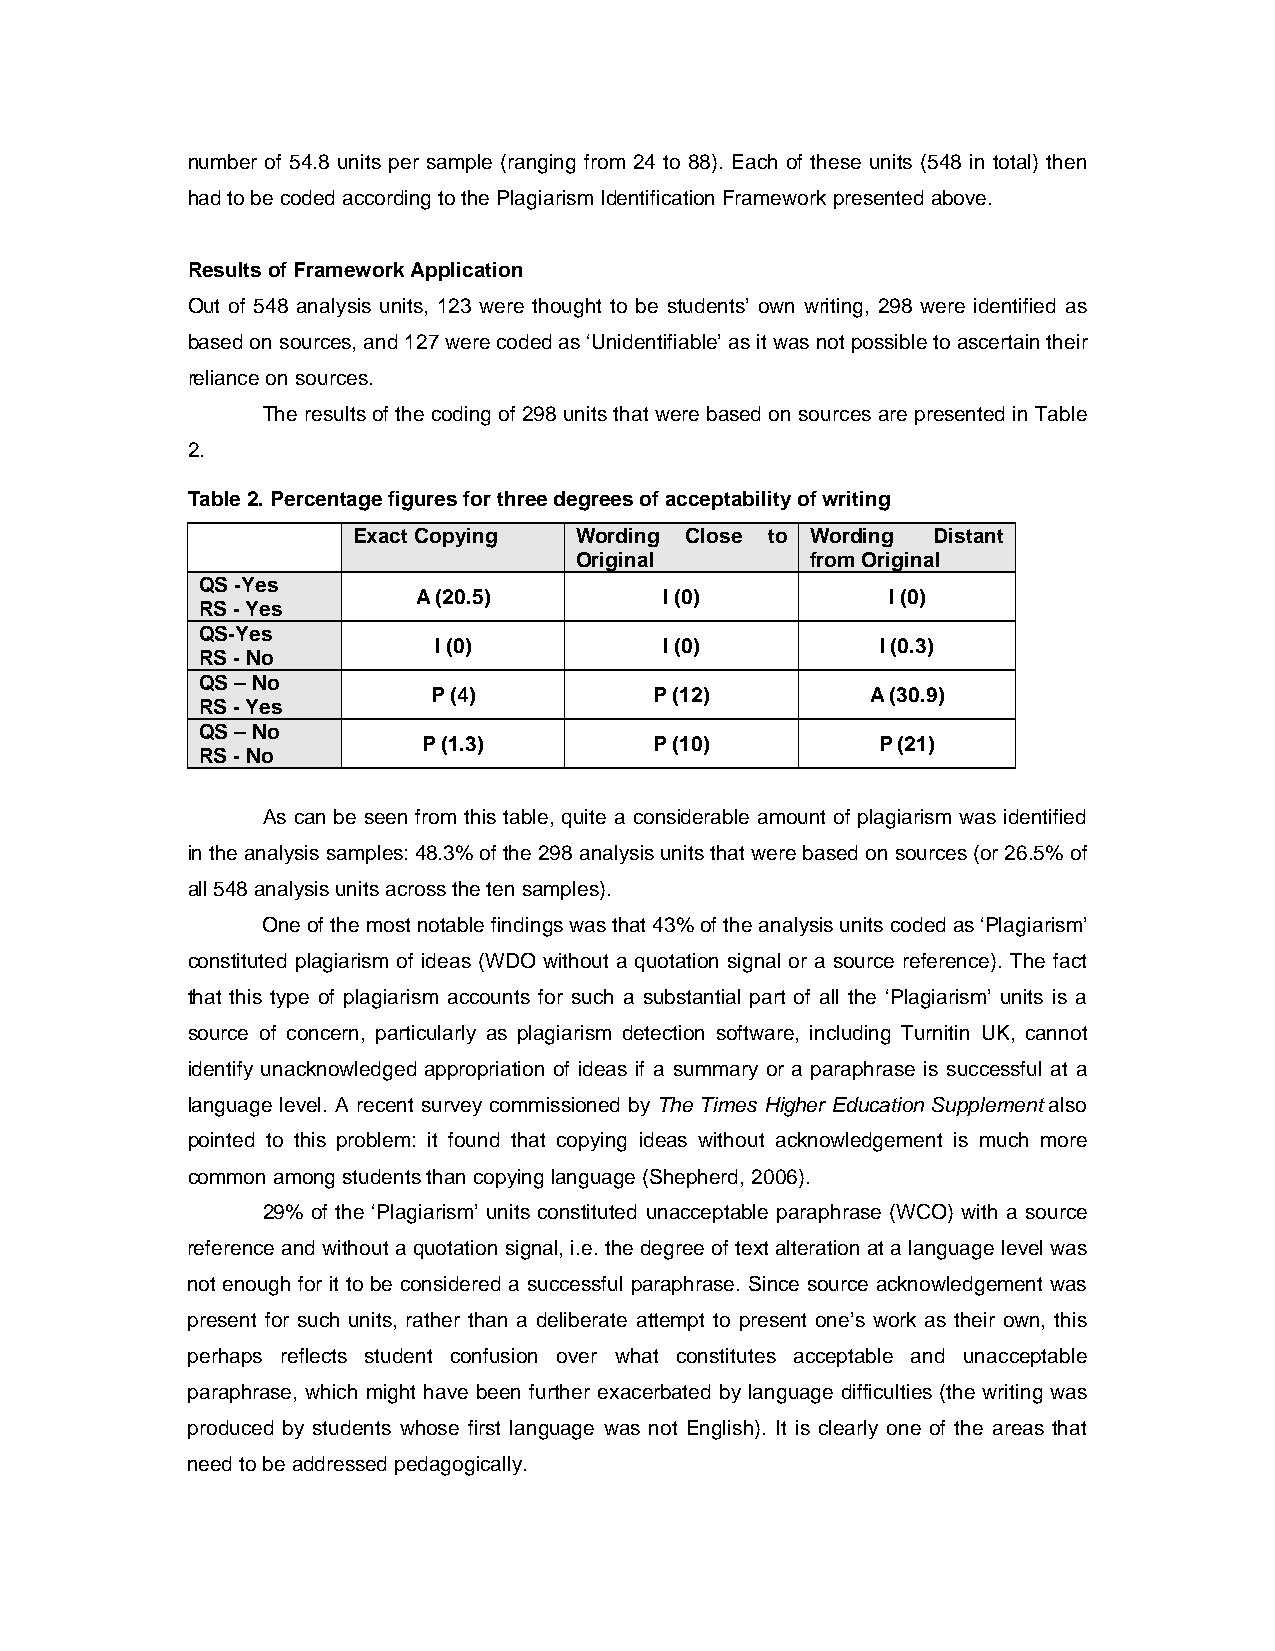
number of 54.8 units per sample (ranging from 24 to 88). Each of these units (548 in total) then
 had to be coded according to the Plagiarism Identification Framework presented above.
 Results of Framework Application
 Out of 548 analysis units, 123 were thought to be students’ own writing, 298 were identified as
 based on sources, and 127 were coded as ‘Unidentifiable’ as it was not possible to ascertain their
 reliance on sources.
 The results of the coding of 298 units that were based on sources are presented in Table
 2.
 Table 2. Percentage figures for three degrees of acceptability of writing
 Exact Copying  Wording Close to Wording Distant
 Original        from Original
 QS -Yes
 A (20.5)        I (0)          I (0)
 RS - Yes
 QS-Yes
 I (0)          I (0)         I (0.3)
 RS - No
 QS – No
 P (4)         P (12)         A (30.9)
 RS - Yes
 QS – No
 P (1.3)        P (10)         P (21)
 RS - No
 As can be seen from this table, quite a considerable amount of plagiarism was identified
 in the analysis samples: 48.3% of the 298 analysis units that were based on sources (or 26.5% of
 all 548 analysis units across the ten samples).
 One of the most notable findings was that 43% of the analysis units coded as ‘Plagiarism’
 constituted plagiarism of ideas (WDO without a quotation signal or a source reference). The fact
 that this type of plagiarism accounts for such a substantial part of all the ‘Plagiarism’ units is a
 source of concern, particularly as plagiarism detection software, including Turnitin UK, cannot
 identify unacknowledged appropriation of ideas if a summary or a paraphrase is successful at a
 language level. A recent survey commissioned by The Times Higher Education Supplement also
 pointed to this problem: it found that copying ideas without acknowledgement is much more
 common among students than copying language (Shepherd, 2006).
 29% of the ‘Plagiarism’ units constituted unacceptable paraphrase (WCO) with a source
 reference and without a quotation signal, i.e. the degree of text alteration at a language level was
 not enough for it to be considered a successful paraphrase. Since source acknowledgement was
 present for such units, rather than a deliberate attempt to present one’s work as their own, this
 perhaps reflects student confusion over what constitutes acceptable and unacceptable
 paraphrase, which might have been further exacerbated by language difficulties (the writing was
 produced by students whose first language was not English). It is clearly one of the areas that
 need to be addressed pedagogically.